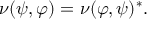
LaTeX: \nu ( \psi , \varphi ) = \nu ( \varphi , \psi ) ^ { * } .